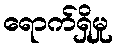
ရောက်ရှိမှု